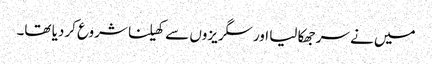
میں نے سر جھکا لیا اور سگریزوں سے کھیلنا شروع کردیا تھا۔